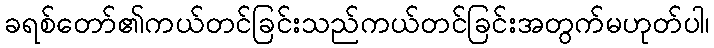
ခရစ်တော်၏ကယ်တင်ခြင်းသည်ကယ်တင်ခြင်းအတွက်မဟုတ်ပါ၊